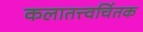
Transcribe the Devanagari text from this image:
कलातत्त्वचिंतक